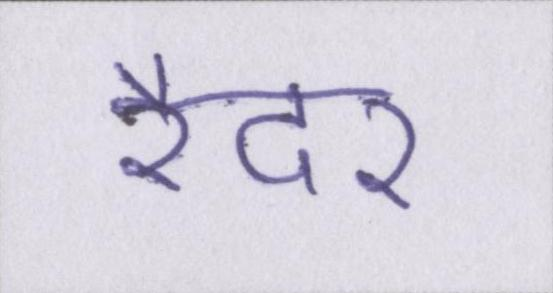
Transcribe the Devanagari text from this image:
रैदर